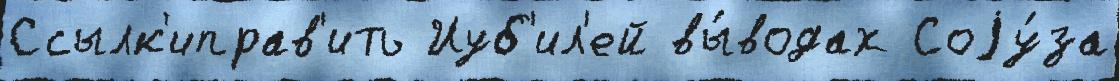
Ссылк'иправ'ить Иуб'ил'ей вы́водах Соjу́за